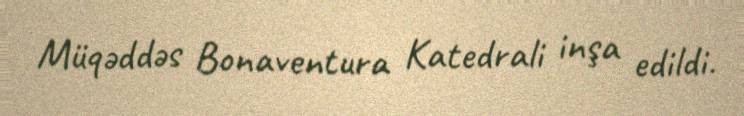
Müqəddəs Bonaventura Katedrali inşa edildi.